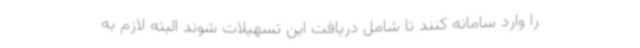
را وارد سامانه کنند تا شامل دریافت این تسهیلات شوند البته لازم به